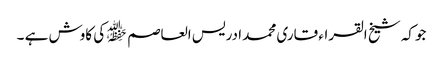
جوکہ شیخ القراء قاری محمد ادریس العاصم ﷾ کی کاوش ہے ۔